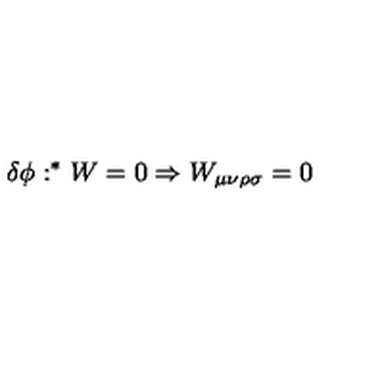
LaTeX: \delta { \phi } : ^ { * } W = 0 \Rightarrow W _ { \mu \nu \rho \sigma } = 0